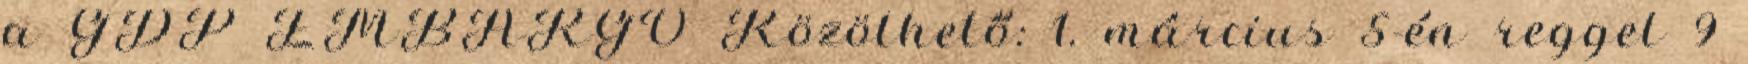
a GDP EMBARGÓ Közölhető: 1. március 5-én reggel 9